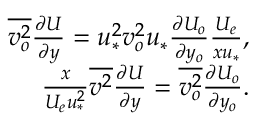
\begin{array} { r } { \overline { { v _ { o } ^ { 2 } } } \frac { \partial U } { \partial y } = u _ { * } ^ { 2 } v _ { o } ^ { 2 } u _ { * } \frac { \partial U _ { o } } { \partial y _ { o } } \frac { U _ { e } } { x u _ { * } } , } \\ { \frac { x } { U _ { e } u _ { * } ^ { 2 } } \overline { { v ^ { 2 } } } \frac { \partial U } { \partial y } = \overline { { v _ { o } ^ { 2 } } } \frac { \partial U _ { o } } { \partial y _ { o } } . } \end{array}